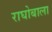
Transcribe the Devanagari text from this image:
राघोबाला